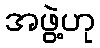
အဖွဲ့ဟု